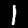
Digit: 1